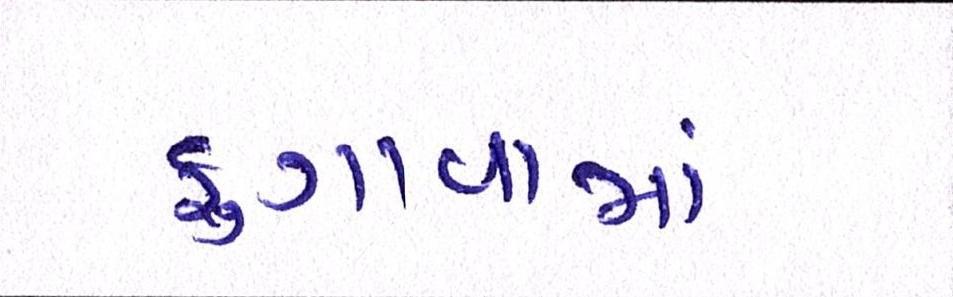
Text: ફુગાવામાં